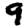
Digit: 9